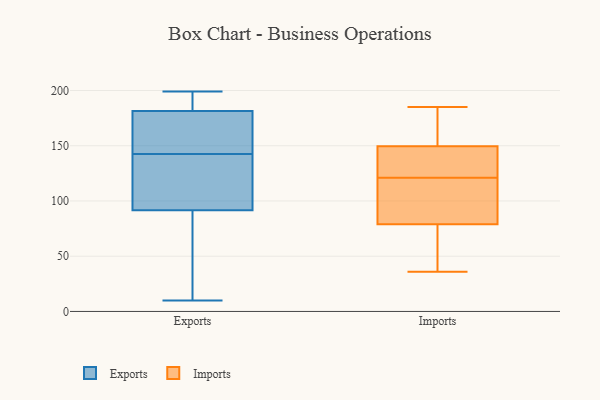
{"axis": {"x": "Revenue (USD Million)", "y": "Value"}, "legend": ["Exports", "Imports"], "data": [{"x": "", "y": 161, "type": "Exports"}, {"x": "", "y": 187, "type": "Exports"}, {"x": "", "y": 147, "type": "Exports"}, {"x": "", "y": 138, "type": "Exports"}, {"x": "", "y": 161, "type": "Exports"}, {"x": "", "y": 98, "type": "Exports"}, {"x": "", "y": 111, "type": "Exports"}, {"x": "", "y": 95, "type": "Exports"}, {"x": "", "y": 10, "type": "Exports"}, {"x": "", "y": 88, "type": "Exports"}, {"x": "", "y": 65, "type": "Exports"}, {"x": "", "y": 199, "type": "Exports"}, {"x": "", "y": 176, "type": "Exports"}, {"x": "", "y": 196, "type": "Exports"}, {"x": "", "y": 196, "type": "Exports"}, {"x": "", "y": 50, "type": "Exports"}, {"x": "", "y": 161, "type": "Imports"}, {"x": "", "y": 138, "type": "Imports"}, {"x": "", "y": 166, "type": "Imports"}, {"x": "", "y": 77, "type": "Imports"}, {"x": "", "y": 81, "type": "Imports"}, {"x": "", "y": 116, "type": "Imports"}, {"x": "", "y": 36, "type": "Imports"}, {"x": "", "y": 185, "type": "Imports"}, {"x": "", "y": 130, "type": "Imports"}, {"x": "", "y": 117, "type": "Imports"}, {"x": "", "y": 94, "type": "Imports"}, {"x": "", "y": 47, "type": "Imports"}, {"x": "", "y": 135, "type": "Imports"}, {"x": "", "y": 38, "type": "Imports"}, {"x": "", "y": 125, "type": "Imports"}, {"x": "", "y": 180, "type": "Imports"}]}